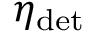
\eta _ { \mathrm { d e t } }